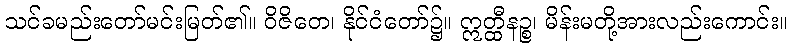
သင်ခမည်းတော်မင်းမြတ်၏။ ဝိဇိတေ၊ နိုင်ငံတော်၌။ ဣတ္ထီနဉ္စ၊ မိန်းမတို့အားလည်းကောင်း။